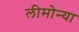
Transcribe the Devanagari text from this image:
लीमोन्या